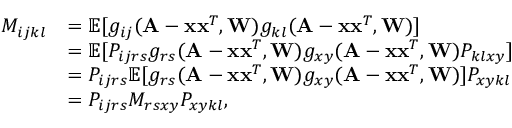
\begin{array} { r l } { M _ { i j k l } } & { = \mathbb { E } [ g _ { i j } ( \mathbf A - \mathbf x \mathbf x ^ { T } , \mathbf W ) g _ { k l } ( \mathbf A - \mathbf x \mathbf x ^ { T } , \mathbf W ) ] } \\ & { = \mathbb { E } [ P _ { i j r s } g _ { r s } ( \mathbf A - \mathbf x \mathbf x ^ { T } , \mathbf W ) g _ { x y } ( \mathbf A - \mathbf x \mathbf x ^ { T } , \mathbf W ) P _ { k l x y } ] } \\ & { = P _ { i j r s } \mathbb { E } [ g _ { r s } ( \mathbf A - \mathbf x \mathbf x ^ { T } , \mathbf W ) g _ { x y } ( \mathbf A - \mathbf x \mathbf x ^ { T } , \mathbf W ) ] P _ { x y k l } } \\ & { = P _ { i j r s } M _ { r s x y } P _ { x y k l } , } \end{array}